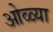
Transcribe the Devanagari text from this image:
ओळ्या